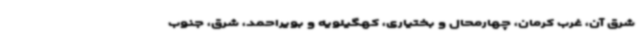
شرق آن، غرب کرمان، چهارمحال و بختیاری، کهگیلویه و بویراحمد، شرق، جنوب